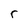
Character: r